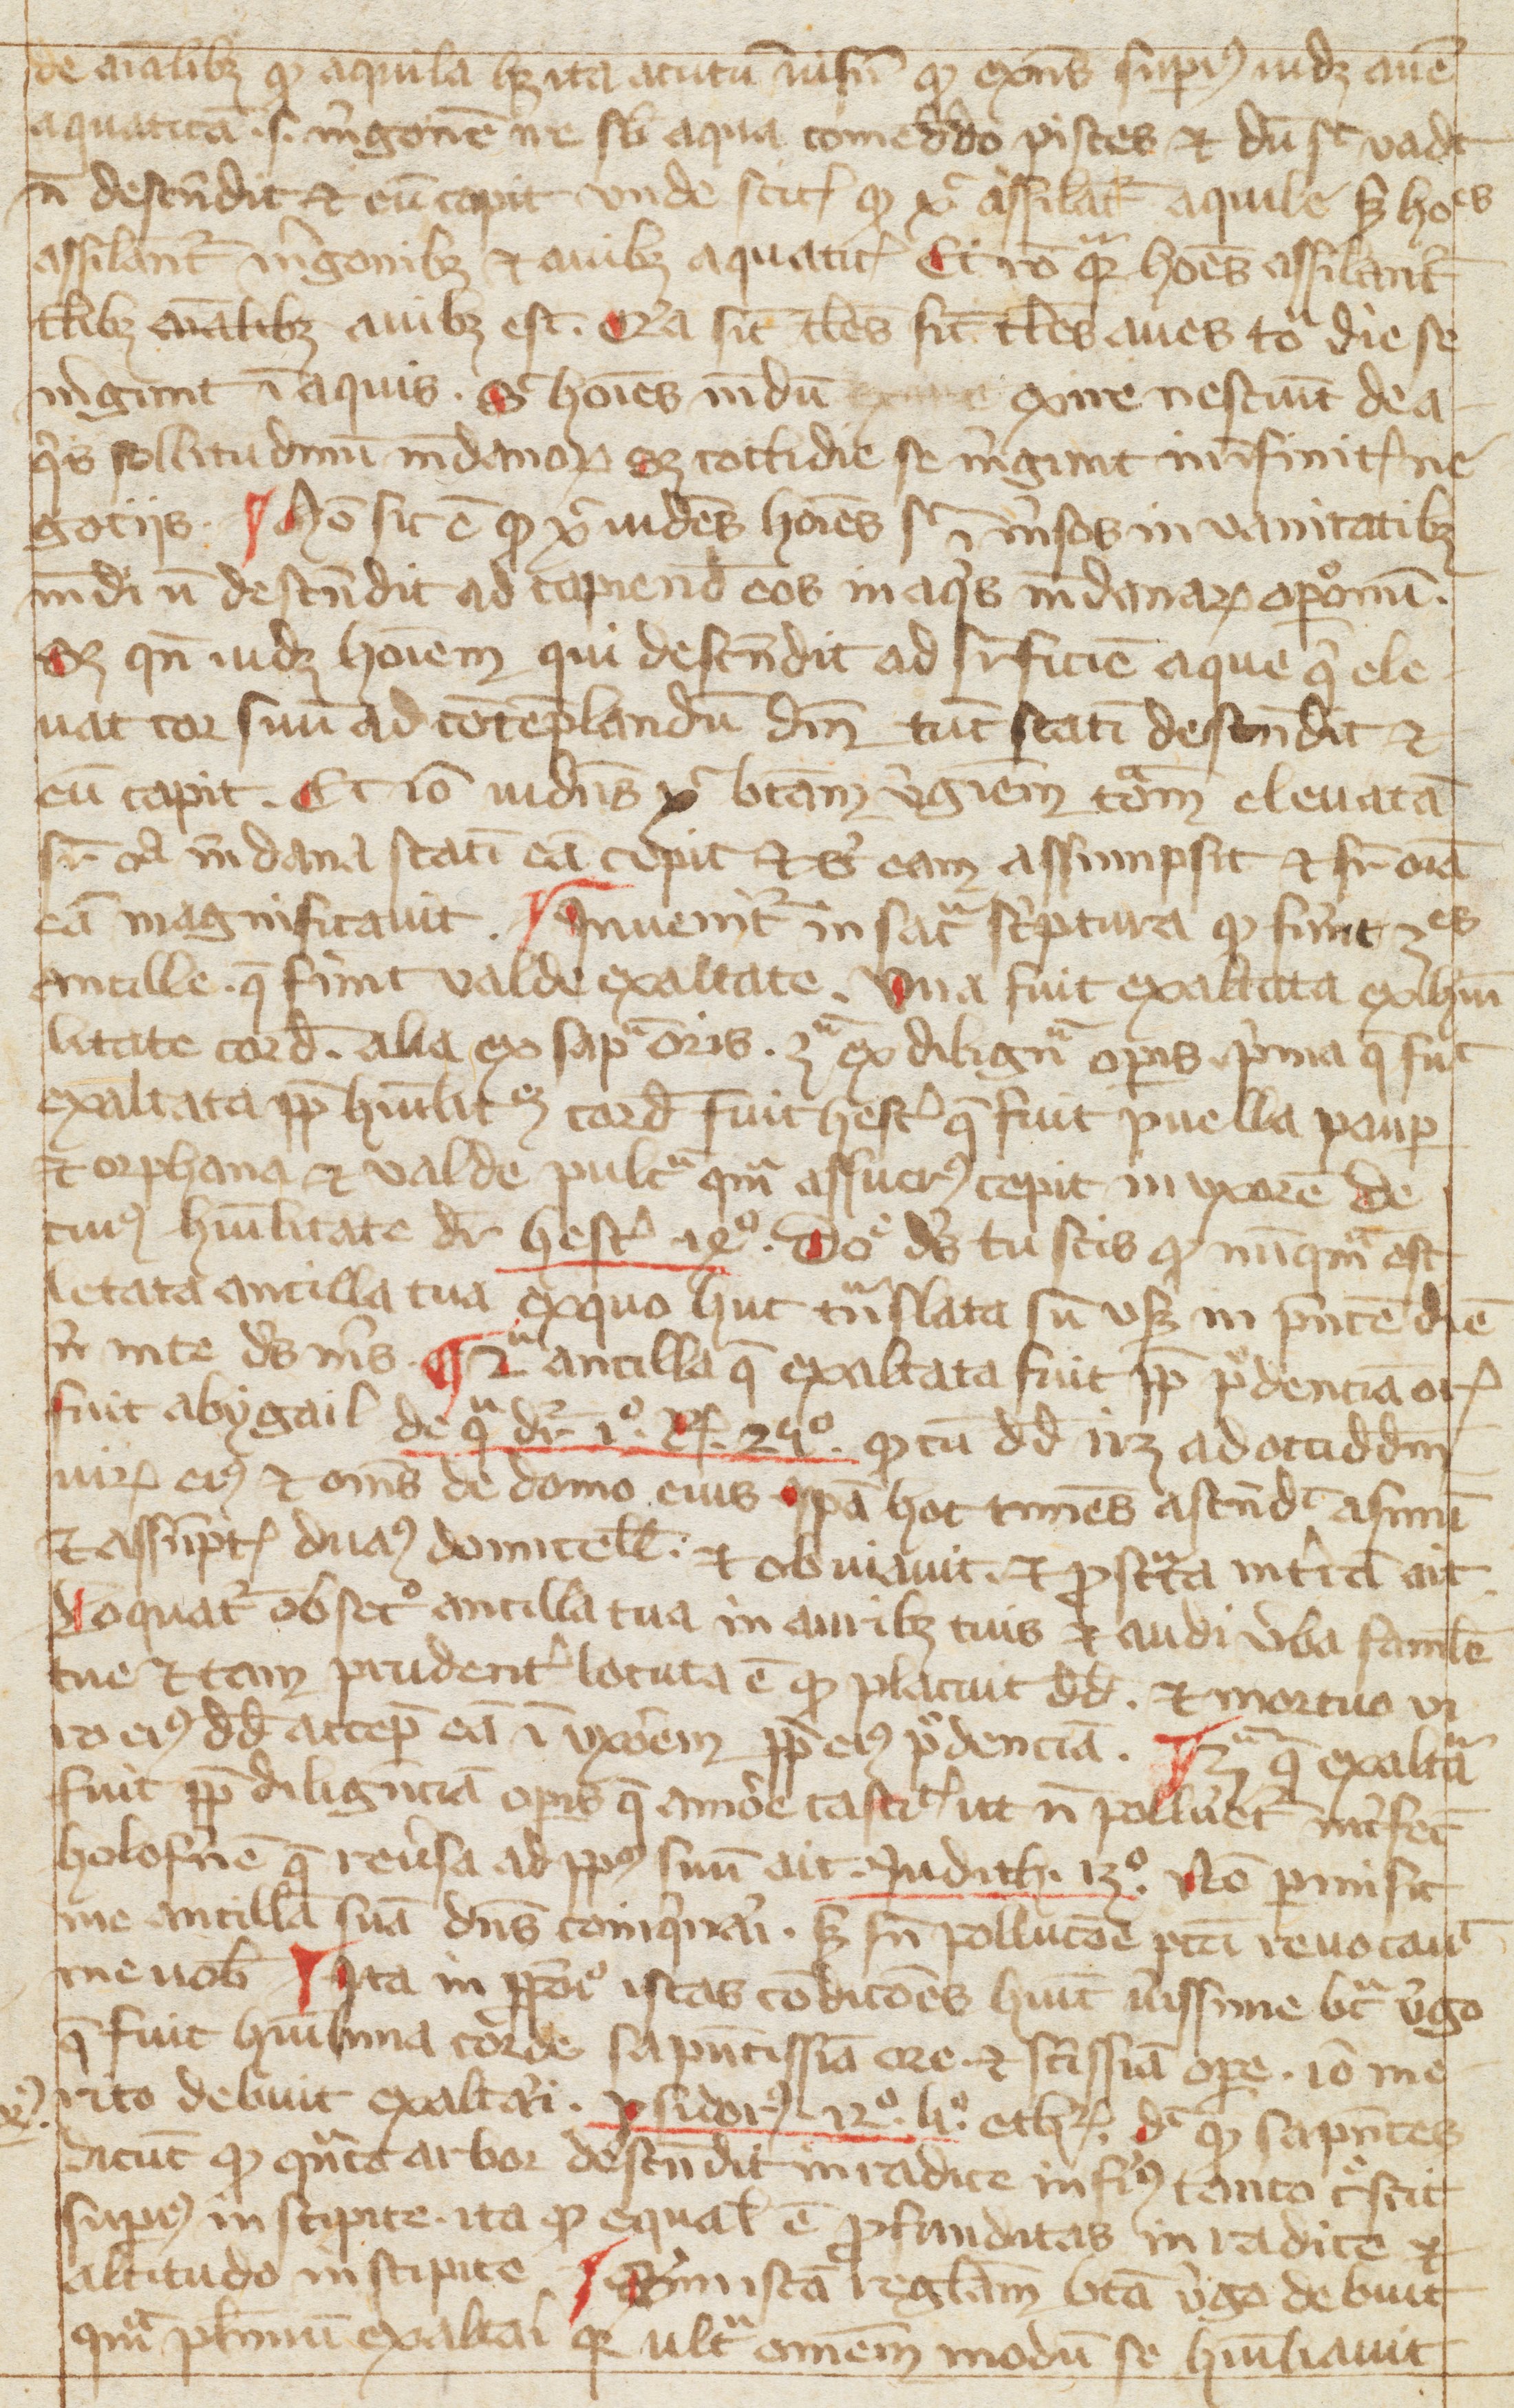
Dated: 1350–1399